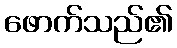
ဖောက်သည်၏